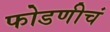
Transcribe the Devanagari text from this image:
फोडणीचं